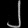
Digit: ၂